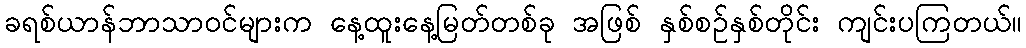
ခရစ်ယာန်ဘာသာဝင်များက နေ့ထူးနေ့မြတ်တစ်ခု အဖြစ် နှစ်စဉ်နှစ်တိုင်း ကျင်းပကြတယ်။